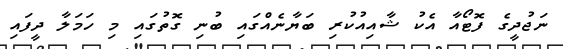
ނަޖުދީގެ ފޮޓޯއާ އެކު ޝާއިއުކުރި ބަޔާނެއްގައި ބުނި ގޮތުގައި މި ހަމަލާ ދީފައި